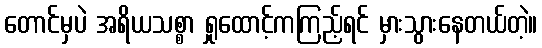
တောင်မှပဲ အရိယသစ္စာ ရှုထောင့်ကကြည့်ရင် မှားသွားနေတယ်တဲ့။